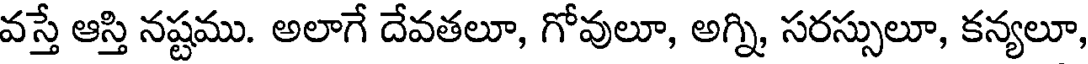
వస్తే ఆస్తి నష్టము. అలాగే దేవతలూ, గోవులూ, అగ్ని, సరస్సులూ, కన్యలూ,